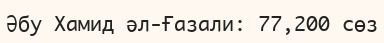
Әбу Хамид әл-Ғазали: 77,200 сөз